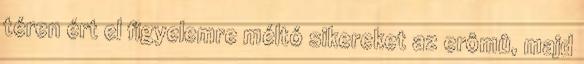
téren ért el figyelemre méltó sikereket az erômû, majd